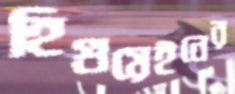
হিগুয়েইনের